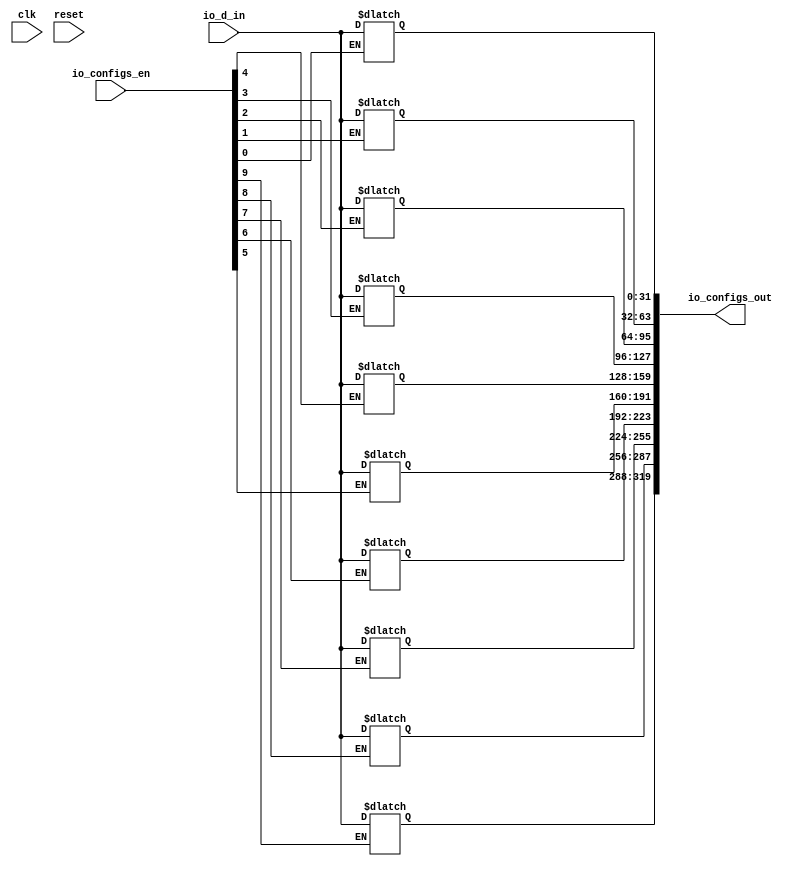
module configs_latches(input clk, input reset,
    input [31:0] io_d_in,
    input [9:0] io_configs_en,
    output reg [319:0] io_configs_out);

    always @ (io_configs_en[0] or io_d_in)
        begin
             if (io_configs_en[0])
                  begin
                      io_configs_out[31:0] = io_d_in;
                  end
        end

    always @ (io_configs_en[1] or io_d_in)
        begin
             if (io_configs_en[1])
                  begin
                      io_configs_out[63:32] = io_d_in;
                  end
        end

    always @ (io_configs_en[2] or io_d_in)
        begin
             if (io_configs_en[2])
                  begin
                      io_configs_out[95:64] = io_d_in;
                  end
        end

    always @ (io_configs_en[3] or io_d_in)
        begin
             if (io_configs_en[3])
                  begin
                      io_configs_out[127:96] = io_d_in;
                  end
        end

    always @ (io_configs_en[4] or io_d_in)
        begin
             if (io_configs_en[4])
                  begin
                      io_configs_out[159:128] = io_d_in;
                  end
        end

    always @ (io_configs_en[5] or io_d_in)
        begin
             if (io_configs_en[5])
                  begin
                      io_configs_out[191:160] = io_d_in;
                  end
        end

    always @ (io_configs_en[6] or io_d_in)
        begin
             if (io_configs_en[6])
                  begin
                      io_configs_out[223:192] = io_d_in;
                  end
        end

    always @ (io_configs_en[7] or io_d_in)
        begin
             if (io_configs_en[7])
                  begin
                      io_configs_out[255:224] = io_d_in;
                  end
        end

    always @ (io_configs_en[8] or io_d_in)
        begin
             if (io_configs_en[8])
                  begin
                      io_configs_out[287:256] = io_d_in;
                  end
        end

    always @ (io_configs_en[9] or io_d_in)
        begin
             if (io_configs_en[9])
                  begin
                      io_configs_out[319:288] = io_d_in;
                  end
        end

endmodule